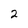
Character: 2